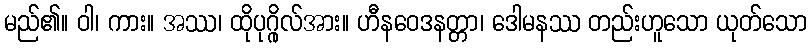
မည်၏။ ဝါ၊ ကား။ အဿ၊ ထိုပုဂ္ဂိုလ်အား။ ဟီနဝေဒနတ္တာ၊ ဒေါမနဿ တည်းဟူသော ယုတ်သော